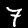
Digit: 7